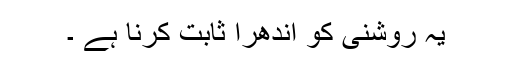
یہ روشنی کو اندھرا ثابت کرنا ہے ۔